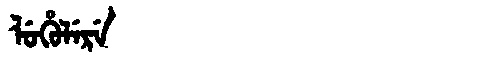
Manchu: ᠯᡠᡥᡠᠯᡝᡵᡝ
Romanization: LUHULERE